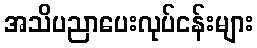
အသိပညာပေးလုပ်ငန်းများ